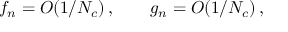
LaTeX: f _ { n } = O ( 1 / N _ { c } ) \, , \qquad g _ { n } = O ( 1 / N _ { c } ) \, ,